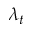
\lambda _ { t }